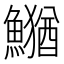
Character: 𮬎